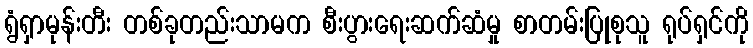
ရွံရှာမုန်းတီး တစ်ခုတည်းသာမက စီးပွားရေးဆက်ဆံမှု စာတမ်းပြုစုသူ ရုပ်ရှင်ကို